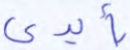
بأيدي